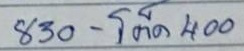
830 - โต๊ด 400